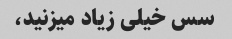
سس خیلی زیاد میزنید،